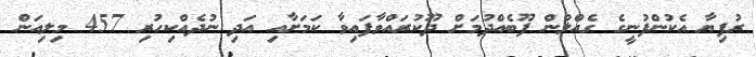
ރުފިޔާ އެކުންފުނީގެ ގެއްލުން ފޫބެއްދުމަށް ދޫކުރައްވާފައިވާ ކަމަށާއި އަދި ނުދެއްކިހުރި 457 މިލިއަން